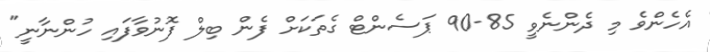
އެހެންވެ މި ދެންނެވީ 85-90 ޕަސެންޓް ގެތަކަށް ފެން ބިލް ފޮނުވާފައި ހުންނާނީ"